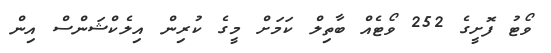
ވޯޓު ފޮށީގެ 252 ވޯޓެއް ބާތިލް ކަމަށް މީގެ ކުރިން އިލެކްޝަންސް އިން